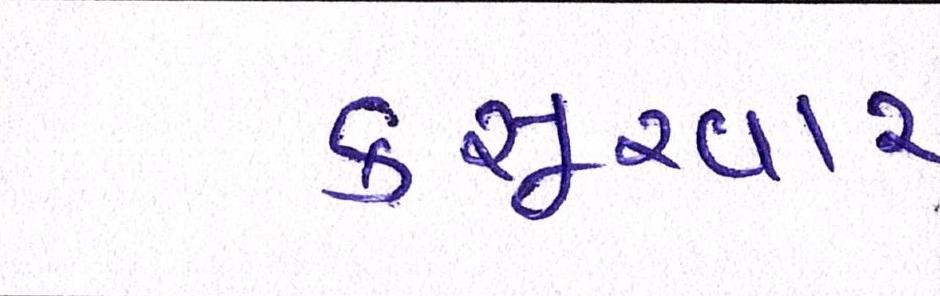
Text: કસૂરવાર